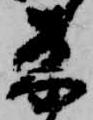
来